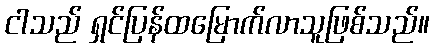
ငါသည် ရှင်ပြန်ထမြောက်လာသူဖြစ်သည်။